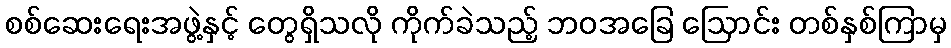
စစ်ဆေးရေးအဖွဲ့နှင့် တွေရှိသလို ကိုက်ခဲသည့် ဘဝအခြေ ဩောင်း တစ်နှစ်ကြာမှ